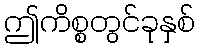
ဤကိစ္စတွင်ခုနှစ်